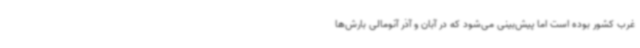
غرب کشور بوده است اما پیش‌بینی می‌شود که در آبان و آذر آنومالی بارش‌ها